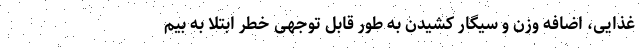
غذایی، اضافه وزن و سیگار کشیدن به طور قابل توجهی خطر ابتلا به بیم